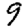
Digit: 9